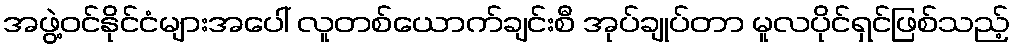
အဖွဲ့ဝင်နိုင်ငံများအပေါ် လူတစ်ယောက်ချင်းစီ အုပ်ချုပ်တာ မူလပိုင်ရှင်ဖြစ်သည့်